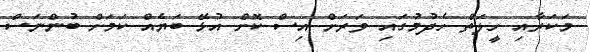
މަކަރާއި ހީލަތް ހެދުމުގައި ވަރަށް އިސް ކޮށް އުޅޭ ބަޔެއް ކަމަށް ބުންނަސް